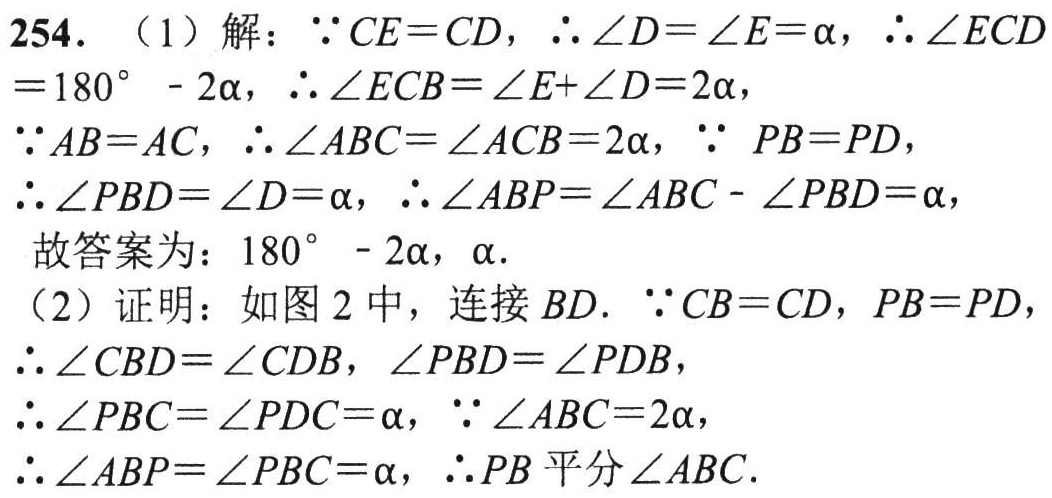
254. （1）解：$\because CE = CD$，$\therefore\angle D=\angle E = \alpha$，$\therefore\angle ECD=180^{\circ}-2\alpha$，$\therefore\angle ECB=\angle E + \angle D = 2\alpha$，
$\because AB = AC$，$\therefore\angle ABC=\angle ACB = 2\alpha$，$\because PB = PD$，
$\therefore\angle PBD=\angle D = \alpha$，$\therefore\angle ABP=\angle ABC-\angle PBD=\alpha$，
故答案为：$180^{\circ}-2\alpha$，$\alpha$.
（2）证明：如图2中，连接$BD$. $\because CB = CD$，$PB = PD$，
$\therefore\angle CBD=\angle CDB$，$\angle PBD=\angle PDB$，
$\therefore\angle PBC=\angle PDC=\alpha$，$\because\angle ABC = 2\alpha$，
$\therefore\angle ABP=\angle PBC=\alpha$，$\therefore PB$平分$\angle ABC$.